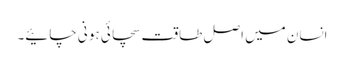
انسان میں اصل طاقت سچائی ہو نی چائیے۔